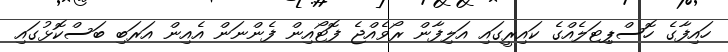
ހައިފާގެ ހޮސްޕިޓަލެއްގެ ކައިރީގައި އަލިފާން ރޯވެއްޖެ ފޮޓޯއިން ފެންނަން އެއިން އަރަބި ބަސްކޮޅުގައި